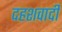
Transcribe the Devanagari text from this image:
दहशवादी